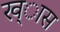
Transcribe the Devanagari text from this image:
ख्ास